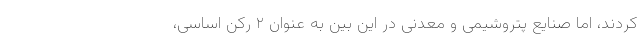
کردند، اما صنایع پتروشیمی و معدنی در این بین به عنوان ۲ رکن اساسی،